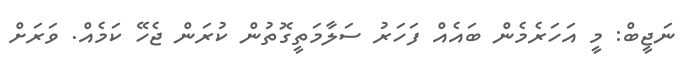
ނަޖީބް: މީ އަހަރެމެން ބައެއް ފަހަރު ސަލާމަތީގޮތުން ކުރަން ޖެހޭ ކަމެއް. ވަރަށް